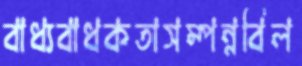
বাধ্যবাধকতাসম্পন্নবিল